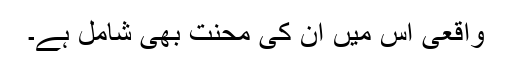
واقعی اس میں ان کی محنت بھی شامل ہے۔